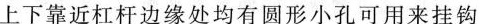
上下靠近杠杆边缘处均有圆形小孔可用来挂钩